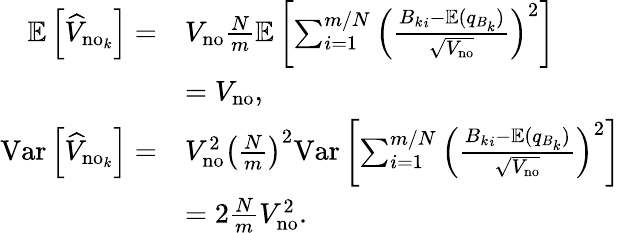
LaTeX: \begin{array}{rl}{\mathbb{E}\left[\widehat{V}_{\mathrm{no}_{k}}\right]=}&{V_{\mathrm{no}}\frac{N}{m}\mathbb{E}\left[\sum_{i=1}^{m/N}\left(\frac{{B_{k}}_{i}-\mathbb{E}(q_{B_{k}})}{\sqrt{V_{\mathrm{no}}}}\right)^{2}\right]}\\ &{=V_{\mathrm{no}},}\\ {\mathrm{Var}\left[\widehat{V}_{\mathrm{no}_{k}}\right]=}&{V_{\mathrm{no}}^{2}\left(\frac{N}{m}\right)^{2}\mathrm{Var}\left[\sum_{i=1}^{m/N}\left(\frac{{B_{k}}_{i}-\mathbb{E}(q_{B_{k}})}{\sqrt{V_{\mathrm{no}}}}\right)^{2}\right]}\\ &{=2\frac{N}{m}V_{\mathrm{no}}^{2}.}\end{array}